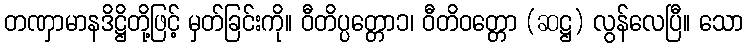
တဏှာမာနဒိဋ္ဌိတို့ဖြင့် မှတ်ခြင်းကို။ ဝီတိပ္ပတ္တော၁၊ ဝီတိဝတ္တော (ဆဋ္ဌ) လွန်လေပြီ။ သော